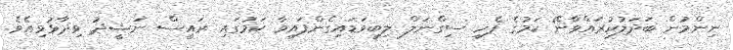
ނިންމުން ބަދަލުކުރައްވާނޭ ކަމުގެ ފެހި ސިގްނަލް ލިބިވަޑައިގެންފައިވާ ކަމުގައި ރައީސް ނަޝީދު ވިދާޅުވިއެވެ.